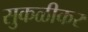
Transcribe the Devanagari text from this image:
सुकळीकर